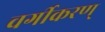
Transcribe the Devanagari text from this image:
वर्गीकरण्